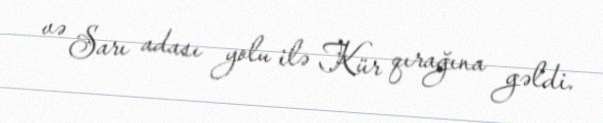
və Sarı adası yolu ilə Kür qırağına gəldi.